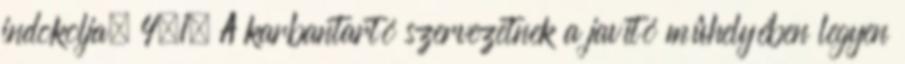
indokolja. 4.1. A karbantartó szervezetnek a javító mûhelyében legyen